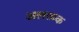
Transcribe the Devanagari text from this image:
अलक्तक